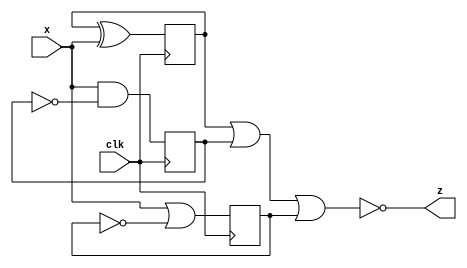
module top_module (
    input clk,
    input x,
    output z
); 
    reg a = 0, b = 0, c = 0;
    always @(posedge clk) begin
        a <= a ^ x;
        b <= x & !b;
        c <= x | !c;
    end
    assign z = !(a | b | c);
endmodule